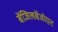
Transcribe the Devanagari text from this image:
बेंजिलबेंजोएट